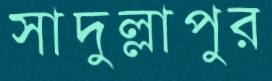
সাদুল্লাপুর